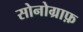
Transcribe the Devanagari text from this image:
सोनोग्राफ़